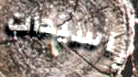
ياسيدات